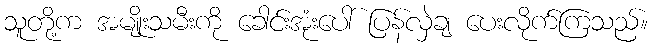
သူတို့က အမျိုးသမီးကို ခေါင်းအုံးပေါ် ပြန်လှဲချ ပေးလိုက်ကြသည်။